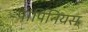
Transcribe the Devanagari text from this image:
पांपिनियस